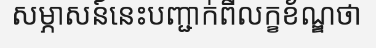
សម្ភាសន៍នេះបញ្ជាក់ពីលក្ខខ័ណ្ឌថា